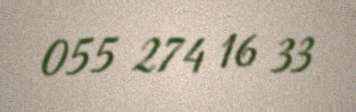
055 274 16 33